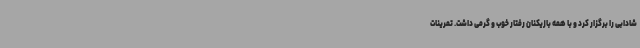
شادابی را برگزار کرد و با همه بازیکنان رفتار خوب و گرمی داشت. تمرینات